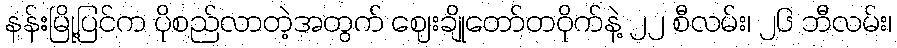
နန်းမြို့ပြင်က ပိုစည်လာတဲ့အတွက် ဈေးချိုတော်တဝိုက်နဲ့ ၂၂ စီလမ်း၊ ၂၆ ဘီလမ်း၊